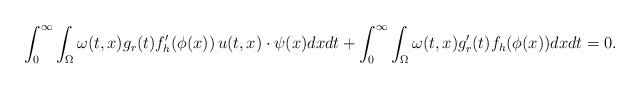
LaTeX: \begin{align*}\int_{0}^\infty \int_{\Omega} \omega(t,x) g_r(t) f_h'(\phi(x))\, u(t,x)\cdot \psi(x) dxdt + \int_{0}^\infty \int_{\Omega} \omega(t,x) g_r'(t) f_h(\phi(x)) dxdt =0.\end{align*}